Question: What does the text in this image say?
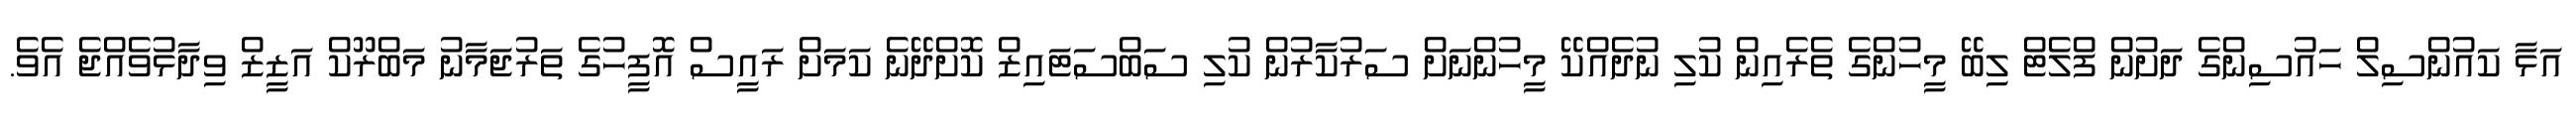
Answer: އަޅާ ކައުންސިލް ހައުސިންގެ ދަށުން ފްލެޓް ލިބޭ މީހުންގެ ތެރެއިން ކުލި ނުދެއްކޭ މީހުންނަށް ސަރުކާރުން ކުލި ސަބްސަޓައިޒް ކޮށްދޭނެ ކަމަށް ރައީސް އޮފީހުގެ ތަރުޖަމާނު މަބްރޫކް އަޒީޒް ވިދާޅުވެއްޖެ އެވެ.